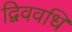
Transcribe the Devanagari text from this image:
द्विववधि